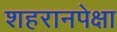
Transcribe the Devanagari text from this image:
शहरानपेक्षा